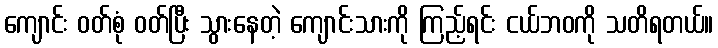
ကျောင်း ဝတ်စုံ ဝတ်ပြီး သွားနေတဲ့ ကျောင်းသားကို ကြည့်ရင်း ငယ်ဘဝကို သတိရတယ်။